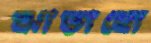
ঝাড়াবো